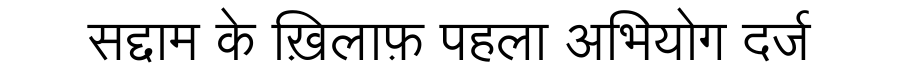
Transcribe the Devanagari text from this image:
सद्दाम के ख़िलाफ़ पहला अभियोग दर्ज